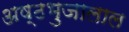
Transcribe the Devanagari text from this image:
अष्ठभुजालाल